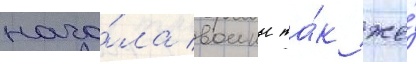
нача́ла воины та́к же́